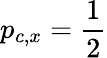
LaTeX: p_{c,x}=\frac{1}{2}